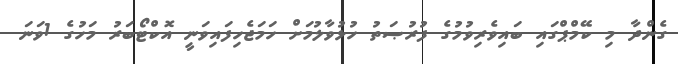
ގެންދާ މި ކޭމްޕްގައި ބައިވެރިވުމުގެ ފުރުޞަތު ހުޅުވާލުމަށް ހަމަޖެހިފައިވަނީ އޮކްޓޯބަރު މަހުގެ 1ވަނަ